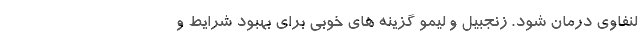
لنفاوی درمان شود. زنجبیل و لیمو گزینه های خوبی برای بهبود شرایط و